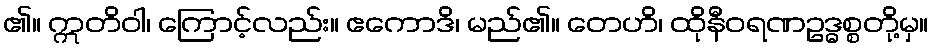
၏။ ဣတိဝါ၊ ကြောင့်လည်း။ ဧကောဒိ၊ မည်၏။ တေဟိ၊ ထိုနီဝရဏဥဒ္ဓစ္စတို့မှ။